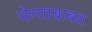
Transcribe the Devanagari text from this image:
घेण्याबाबत